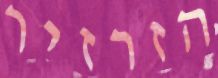
הזרזיר